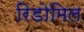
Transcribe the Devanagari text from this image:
रिडोमिल